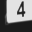
Digit: 4